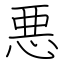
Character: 悪